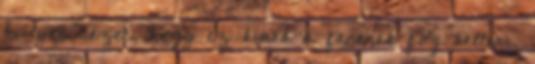
hulyen nezet, hogy ez kinek a fenenek fog kelleni.